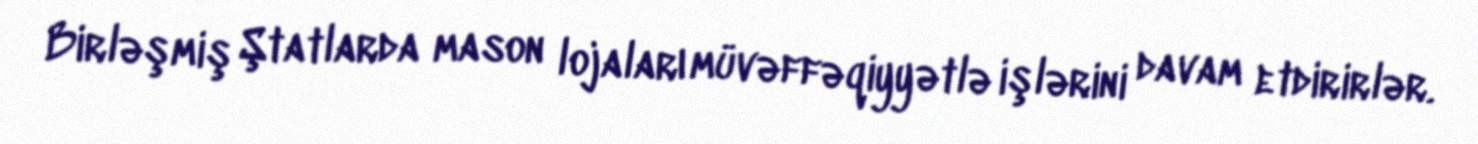
Birləşmiş Ştatlarda mason lojaları müvəffəqiyyətlə işlərini davam etdirirlər.